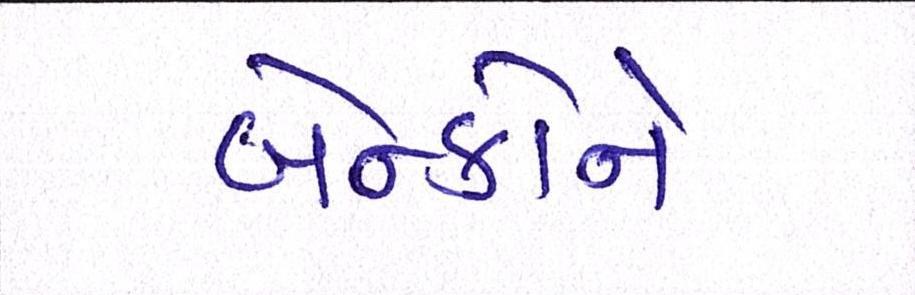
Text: બેન્કોને